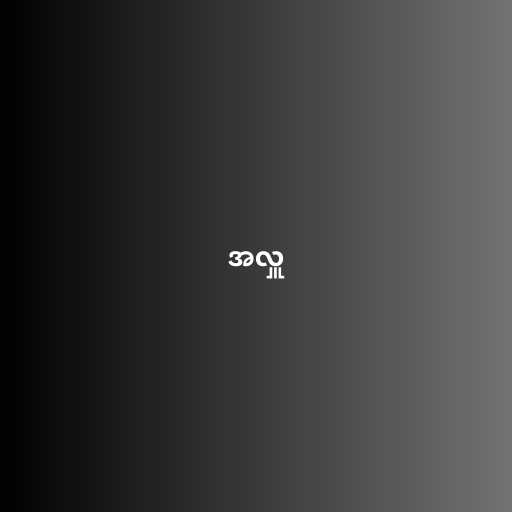
အလှူ